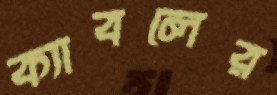
ক্যাবলের